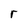
Character: r